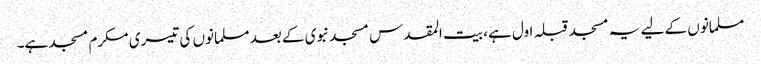
مسلمانوں کے لیے یہ مسجد قبلہ اول ہے، بیت المقدس مسجد نبوی کے بعد مسلمانوں کی تیسری مکرم مسجد ہے۔